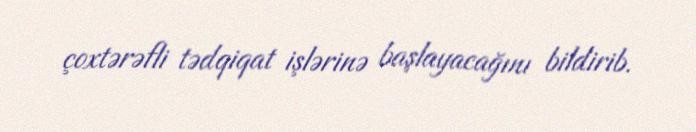
çoxtərəfli tədqiqat işlərinə başlayacağını bildirib.